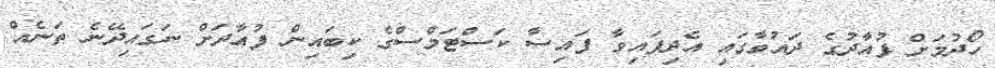
ހޯދުމަށް ފުއާދުގެ ދައުވާގައި އެދިފައިވާ ފައިސާ ކަސްޓަމްސްގެ ކިބައިން ފުއާދަށް ނަގައިދޭނެ ތަނެއް